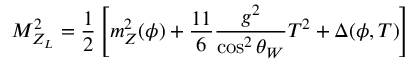
{ \cal M } _ { Z _ { L } } ^ { 2 } = \frac { 1 } { 2 } \left[ m _ { Z } ^ { 2 } ( \phi ) + \frac { 1 1 } { 6 } \frac { g ^ { 2 } } { \cos ^ { 2 } \theta _ { W } } T ^ { 2 } + \Delta ( \phi , T ) \right]